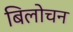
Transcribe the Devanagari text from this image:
बिलोचन